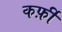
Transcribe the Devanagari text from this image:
कर्फ़ी